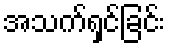
အသက်ရှင်ခြင်း